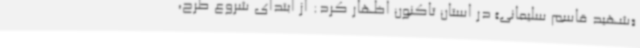
«شهید قاسم سلیمانی» در استان تاکنون اظهار کرد: از ابتدای شروع طرح،